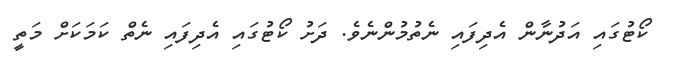
ކޯޓުގައި އަދުނާން އެދިފައި ނެތުމުންނެވެ. ދަށު ކޯޓުގައިި އެދިފައި ނެތް ކަމަކަށް މަތީ